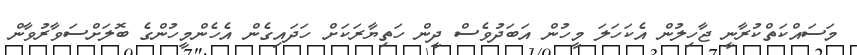
މަސައްކަތްކުރާނީ ޖާހިލުން އެކަހަލަ މީހުން އަބަދުވެސް ދީން ހަތިޔާރަކަށް ހަދައިގެން އެހެންމީހުންގެ ބޮލަށްސަވާރުވާން